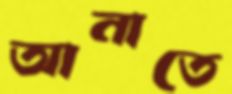
আনাতে